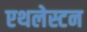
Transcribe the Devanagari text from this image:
एथलेस्टन